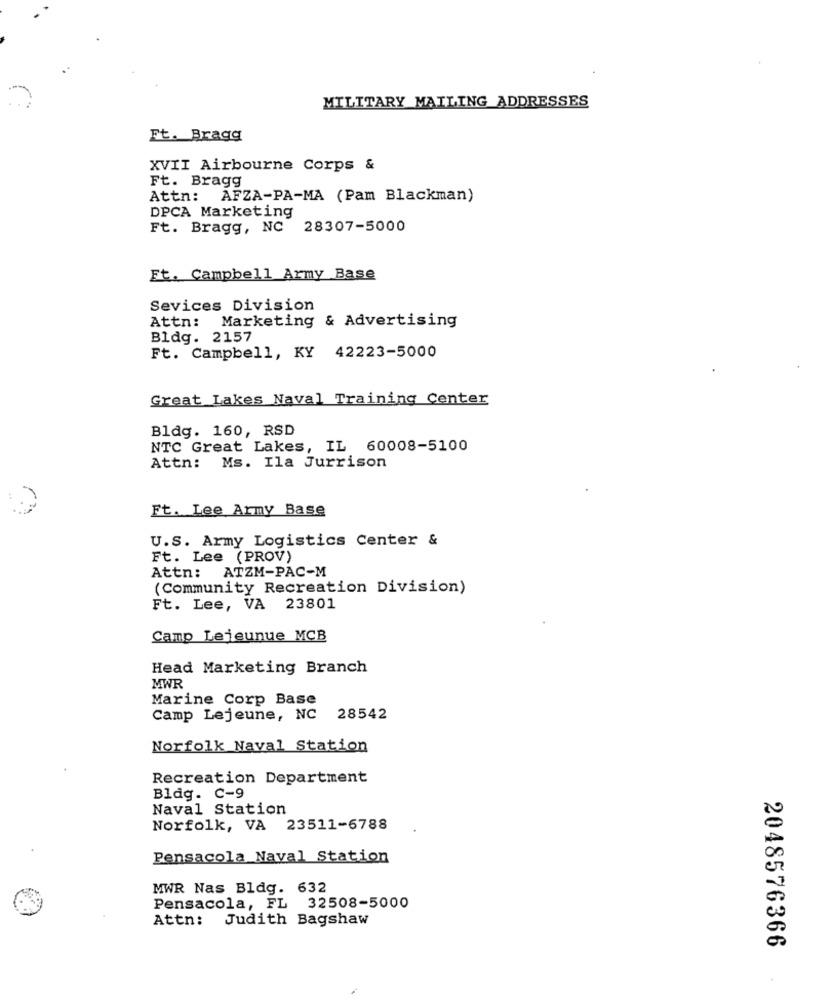
MILITARY MAILING ADDRESSES
Ft. Bragg
XVII Airbourne Corps &
Ft. Bragg
Attn: AFZA-PA-MA (Pam Blackman)
DPCA Marketing
Ft. Bragg, NC 28307-5000
Et. Campbell Army Base
Sevices Division
Attn: Marketing & Advertising
Bldg. 2157
Ft. Campbell, KY 42223-5000
Great Lakes Naval Training Center
Bldg. 160, RSD
NTC Great Lakes, IL 60008-5100
Ms. Ila Jurrison
Attn:
Ft. Lee Army Base
U.S. Army Logistics Center &
Ft. Lee (PROV)
Attn: ATZM-PAC-M
(Community Recreation Division)
Ft. Lee, VA 23801
Camp Lejeunue MCB
Head Marketing Branch
MWR
Marine Corp Base
Camp Lejeune, NC
28542
Norfolk Naval Station
Recreation Department
Bldg. C-9
Naval Station
Norfolk, VA 23511-6788
Pensacola Naval Station
MWR Nas Bldg. 632
Pensacola, FL 32508-5000
Attn: Judith Bagshaw
2048576366